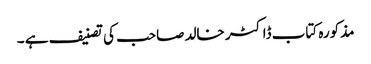
مذکورہ کتاب ڈاکٹر خالد صاحب کی تصنیف ہے ۔